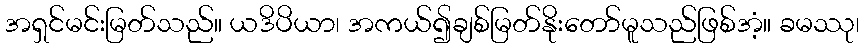
အရှင်မင်းမြတ်သည်။ ယဒိပိယာ၊ အကယ်၍ချစ်မြတ်နိုးတော်မူသည်ဖြစ်အံ့။ ခမဿု၊